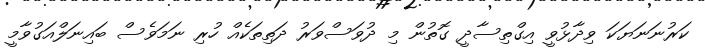
ކަރުނަނަޔަކަ ވިދާޅުވީ އިގްތިސާދީ ގޮތުން މި ދުވަސްވަރު ދަތިތަކެއް ހުރި ނަމަވެސް ބައިނަލްއަގުވާމީ